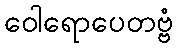
ဝေါရောပေတဗ္ဗံ